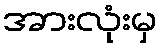
အားလုံးမှ